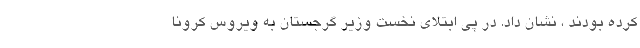
کرده بودند ، نشان داد. در پی ابتلای نخست وزیر گرجستان به ویروس کرونا